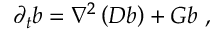
\partial _ { t } b = \nabla ^ { 2 } \left( D b \right) + G b \ ,